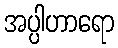
အပ္ပါဟာရော